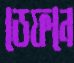
ডেফনে